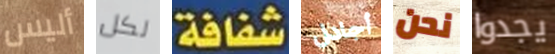
أليس لكل شفافة أجادل نحن يجدوا